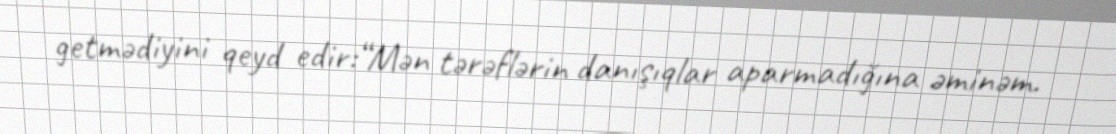
getmədiyini qeyd edir:“Mən tərəflərin danışıqlar aparmadığına əminəm.